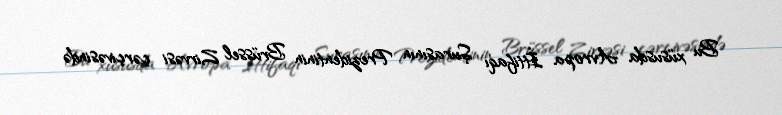
Bu xüsusda Avropa İttifaqı Şurasının Prezidentinin Brüssel Zirvəsi çərçivəsində